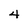
Character: 4